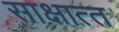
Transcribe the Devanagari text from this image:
साक्षात्‍त